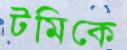
টমিকে